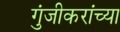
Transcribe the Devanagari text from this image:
गुंजीकरांच्या